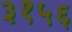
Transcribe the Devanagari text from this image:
३१५६